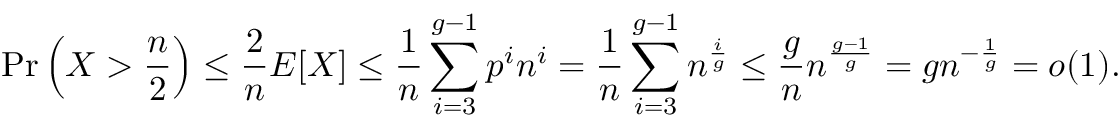
\operatorname* { P r } \left( X > { \frac { n } { 2 } } \right) \leq { \frac { 2 } { n } } E [ X ] \leq { \frac { 1 } { n } } \sum _ { i = 3 } ^ { g - 1 } p ^ { i } n ^ { i } = { \frac { 1 } { n } } \sum _ { i = 3 } ^ { g - 1 } n ^ { \frac { i } { g } } \leq { \frac { g } { n } } n ^ { \frac { g - 1 } { g } } = g n ^ { - { \frac { 1 } { g } } } = o ( 1 ) .